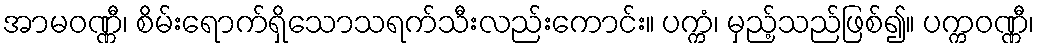
အာမဝဏ္ဏီ၊ စိမ်းရောက်ရှိသောသရက်သီးလည်းကောင်း။ ပက္ကံ၊ မှည့်သည်ဖြစ်၍။ ပက္ကဝဏ္ဏီ၊